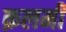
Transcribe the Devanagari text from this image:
क़लमी